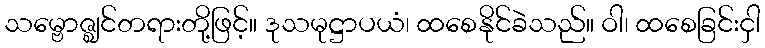
သမ္ဗောဇ္ဈင်တရားတို့ဖြင့်။ ဒုသမုဋ္ဌာပယံ၊ ထစေနိုင်ခဲသည်။ ဝါ၊ ထစေခြင်းငှါ